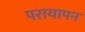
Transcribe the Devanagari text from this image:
परायापन